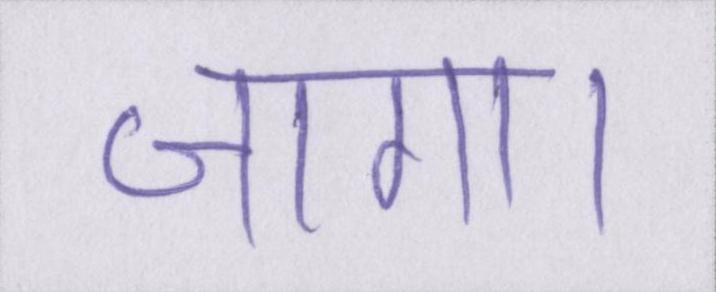
जागा।